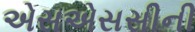
એસએસસીની